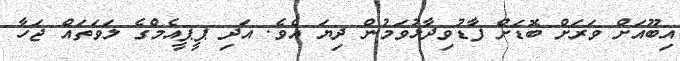
އިބޫއަށް ވަރަށް ބޮޑަށް ފާޑުވިދާޅުވަމުން ދިޔަ އެވެ. އަދި ޕީޕީއެމްގެ ލަވަތައް ޖަހާ